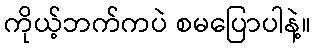
ကိုယ့်ဘက်ကပဲ စမပြောပါနဲ့။